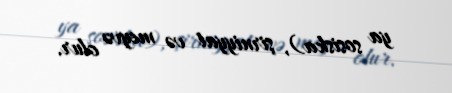
ya sosiska), şirniyyat və meyvə olur.